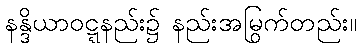
နန္ဒိယာဝဋ္ဋနည်း၌ နည်းအမြွက်တည်း။